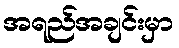
အရည်အချင်းမှာ